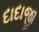
દાદાજી